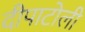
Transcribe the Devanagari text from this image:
दीपाटोली